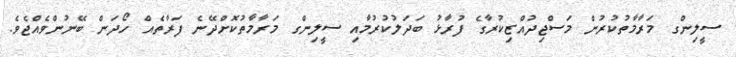
ސީލިންގ މަރާމާތުކުރުން މަސްޖިދުއްޒިކުރާގެ ފުރާޅު ބަދަލުކުރުމާއި ސީލިންގ މަރާމާތުކޮށްދޭނެ ފަރާތެއް ހޯދަން ބޭނުންވެއްޖެވެ.